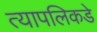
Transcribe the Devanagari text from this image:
त्यापलिकडे